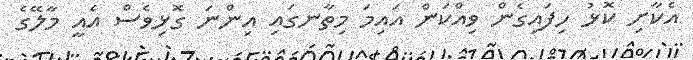
އެކާށި ކޮޅު ހިފައިގެން ވިއްކަން އައިމަ މިތާނގައި އިންނަ ގޮޅިވެސް އެއީ މާލޭގެ